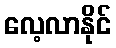
လေ့လာနိုင်